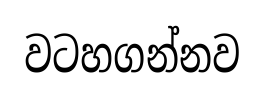
වටහගන්නව